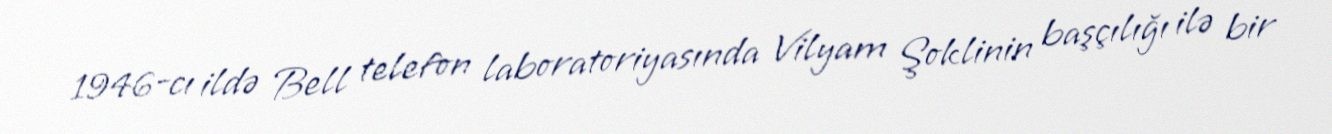
1946‐cı ildə Bell telefon laboratoriyasında Vilyam Şoklinin başçılığı ilə bir